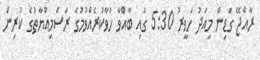
ރާއްޖޭ ގަޑިން މިއަދު ހަވީރު 5:30 ގައި ބާއްވާ ހުވާކުރެއްވުމުގެ ރަސްމިއްޔާތުގެ ކުރިން